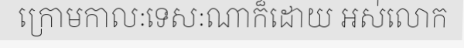
ក្រោមកាលៈទេសៈណាក៏ដោយ អស់លោក